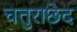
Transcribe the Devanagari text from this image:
चतुराछेद